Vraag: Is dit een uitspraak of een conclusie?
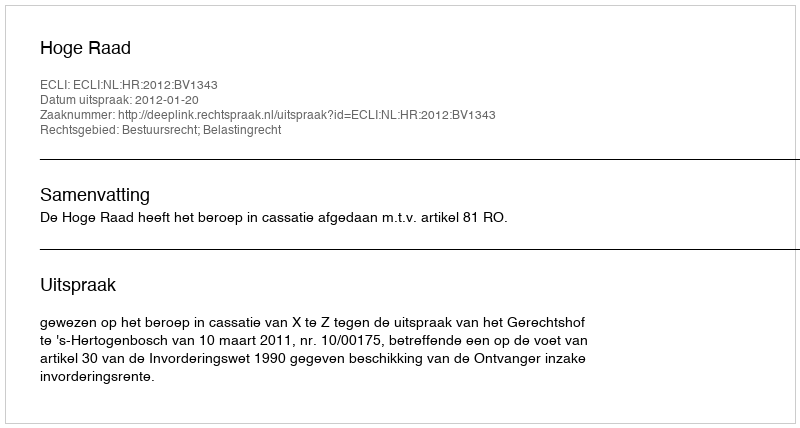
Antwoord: Uitspraak